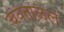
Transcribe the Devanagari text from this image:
चंवताळलं